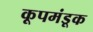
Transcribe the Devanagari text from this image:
कूपमंडूक